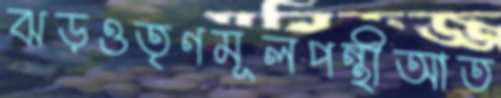
ঝড়ওতৃণমূলপন্থীআত